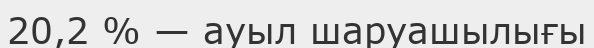
20,2 % — ауыл шаруашылығы